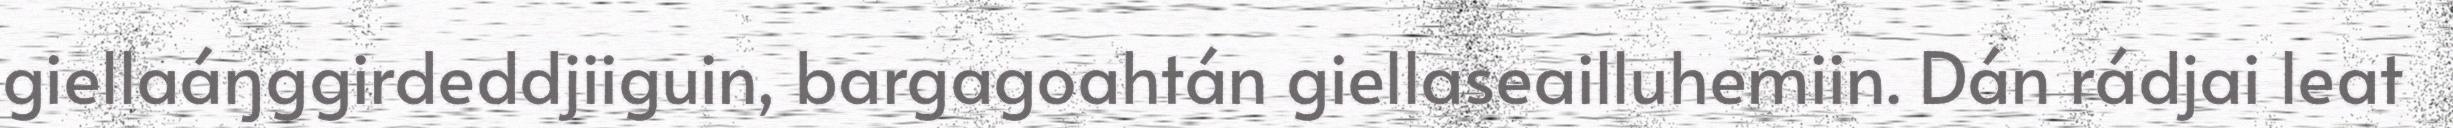
giellaáŋggirdeddjiiguin, bargagoahtán giellaseailluhemiin. Dán rádjai leat